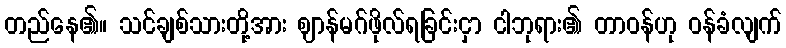
တည်နေ၏။ သင်ချစ်သားတို့အား ဈာန်မဂ်ဖိုလ်ရခြင်းငှာ ငါဘုရား၏ တာဝန်ဟု ဝန်ခံလျက်